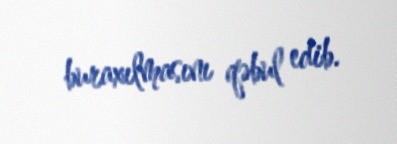
buraxılmasını qəbul edib.